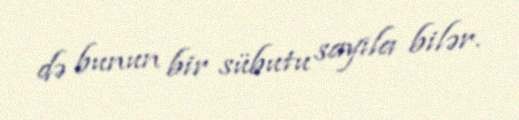
də bunun bir sübutu sayıla bilər.